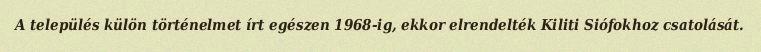
A település külön történelmet írt egészen 1968-ig, ekkor elrendelték Kiliti Siófokhoz csatolását.